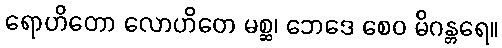
ရောဟိတော လောဟိတေ မစ္ဆ၊ ဘေဒေ စေဝ မိဂန္တရေ။